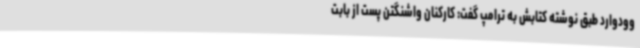
وودوارد طبق نوشته کتابش به ترامپ گفت: کارکنان واشنگتن پست از بابت